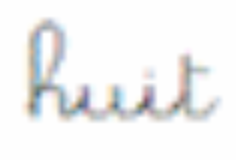
huit